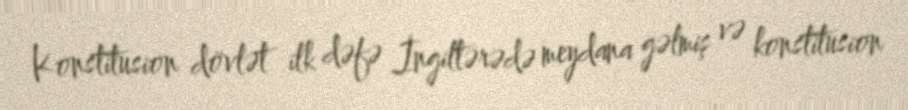
Konstitusion dövlət ilk dəfə İngiltərədə meydana gəlmiş və konstitusion